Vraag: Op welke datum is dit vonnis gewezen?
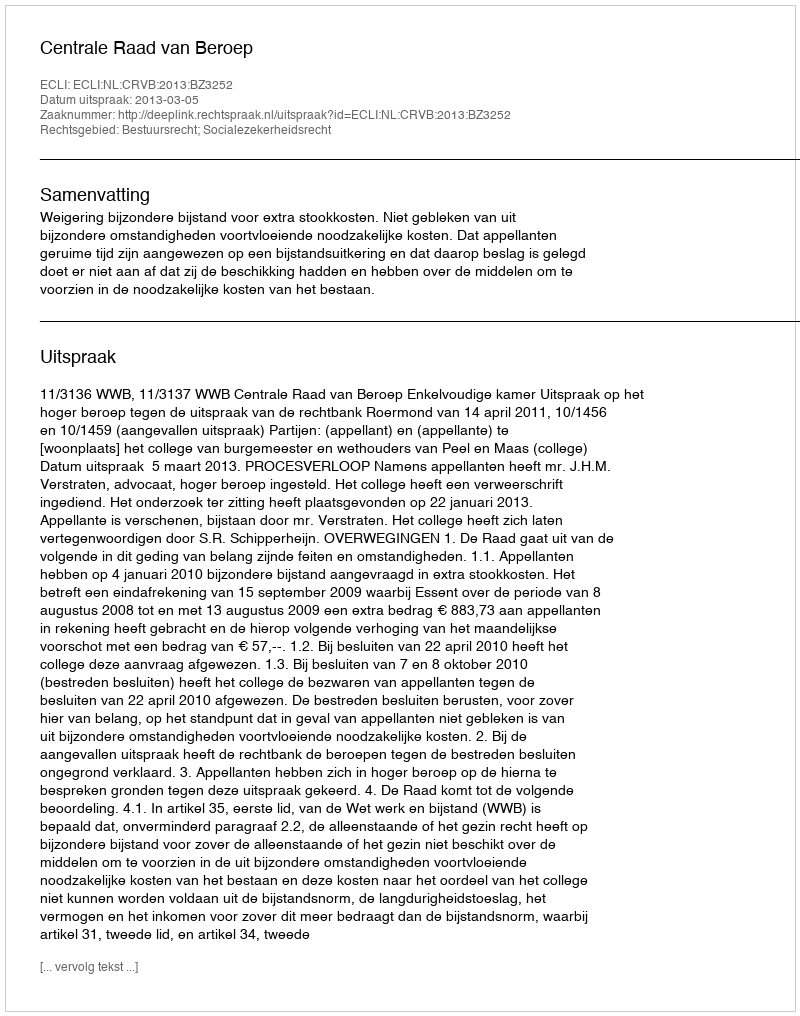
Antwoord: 2013-03-05